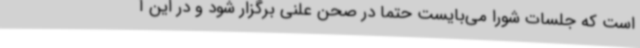
است که جلسات شورا می‌بایست حتما در صحن علنی برگزار شود و در این آ